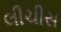
લીચીસ